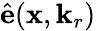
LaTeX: \hat{\mathbf{e}}(\mathbf{x},\mathbf{k}_{r})